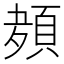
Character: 𮨊